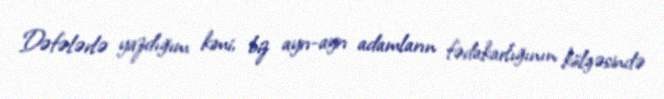
Dəfələrlə yazdığım kimi, biz ayrı-ayrı adamların fədakarlığının kölgəsində